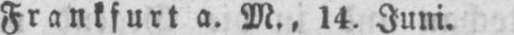
Frankfurt a. M., 14. Juni.